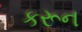
કરૂન